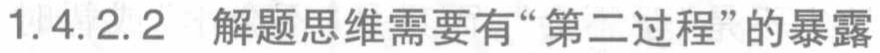
1.4.2.2 解题思维需要有“第二过程”的暴露